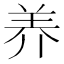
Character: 养